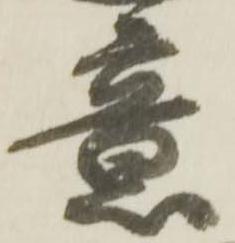
意